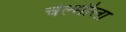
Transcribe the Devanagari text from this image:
चेल्सीला